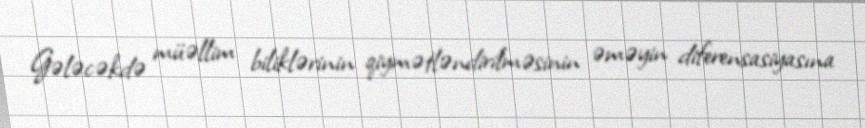
Gələcəkdə müəllim biliklərinin qiymətləndirilməsinin əməyin diferensasiyasına